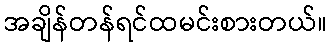
အချိန်တန်ရင်ထမင်းစားတယ်။